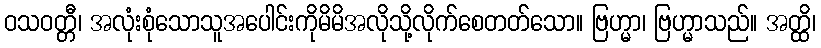
ဝသဝတ္တီ၊ အလုံးစုံသောသူအပေါင်းကိုမိမိအလိုသို့လိုက်စေတတ်သော။ ဗြဟ္မာ၊ ဗြဟ္မာသည်။ အတ္ထိ၊